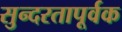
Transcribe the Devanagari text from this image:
सुन्दरतापूर्वक